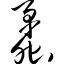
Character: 蟊